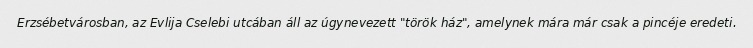
Erzsébetvárosban, az Evlija Cselebi utcában áll az úgynevezett "török ház", amelynek mára már csak a pincéje eredeti.